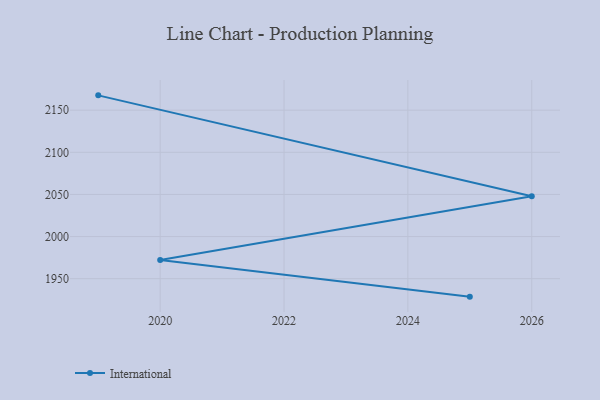
{"axis": {"x": "Year", "y": "Conversion Rate (%)"}, "legend": ["International"], "data": [{"x": "2019", "y": 2167.6, "type": "International"}, {"x": "2026", "y": 2047.9, "type": "International"}, {"x": "2020", "y": 1972.3, "type": "International"}, {"x": "2025", "y": 1928.7, "type": "International"}]}